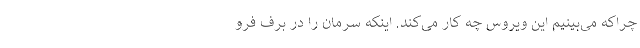
چراکه می‌بینیم این ویروس چه کار می‌کند. اینکه سرمان را در برف فرو